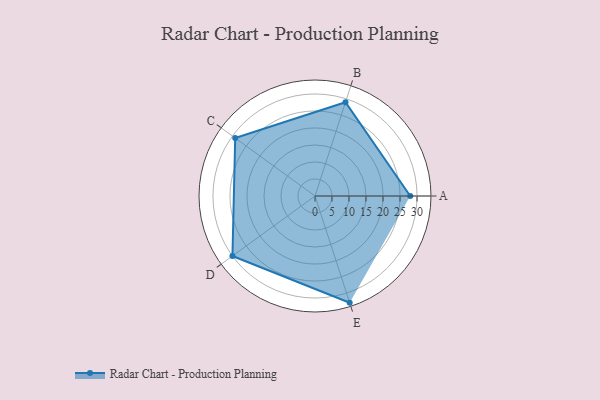
{"axis": {"x": "Skill", "y": "Score"}, "legend": ["Profile"], "data": [{"x": "A", "y": 28.0, "type": "Profile"}, {"x": "B", "y": 29.0, "type": "Profile"}, {"x": "C", "y": 29.0, "type": "Profile"}, {"x": "D", "y": 30.0, "type": "Profile"}, {"x": "E", "y": 33.0, "type": "Profile"}]}